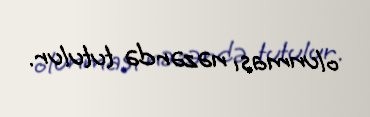
olunması nəzərdə tutulur.